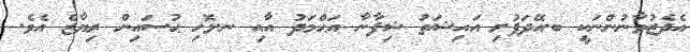
އެދެޒުވާނުންނަކީ ބ.އޭދަފުށި އައިޝަތު ޝިފާނާ އަޙްމަދު އާއި ނ.ޅޮހި ޙުސައިން ރިޔާޒް އެވެ.